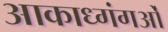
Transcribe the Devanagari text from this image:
आकाध्गंगओं